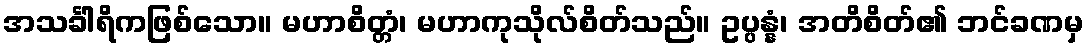
အသင်္ခါရိကဖြစ်သော။ မဟာစိတ္တံ၊ မဟာကုသိုလ်စိတ်သည်။ ဥပ္ပန္နံ၊ အတိစိတ်၏ ဘင်ခဏမှ